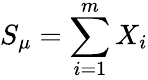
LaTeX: S_{\mu}=\sum_{i=1}^{m}X_{i}